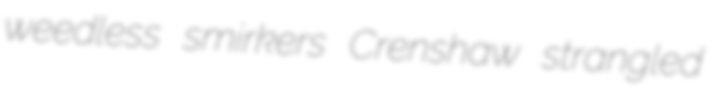
weedless smirkers Crenshaw strangled